Vaccination in Bombay 1889-1901 - 1889-1901
Year: 1889
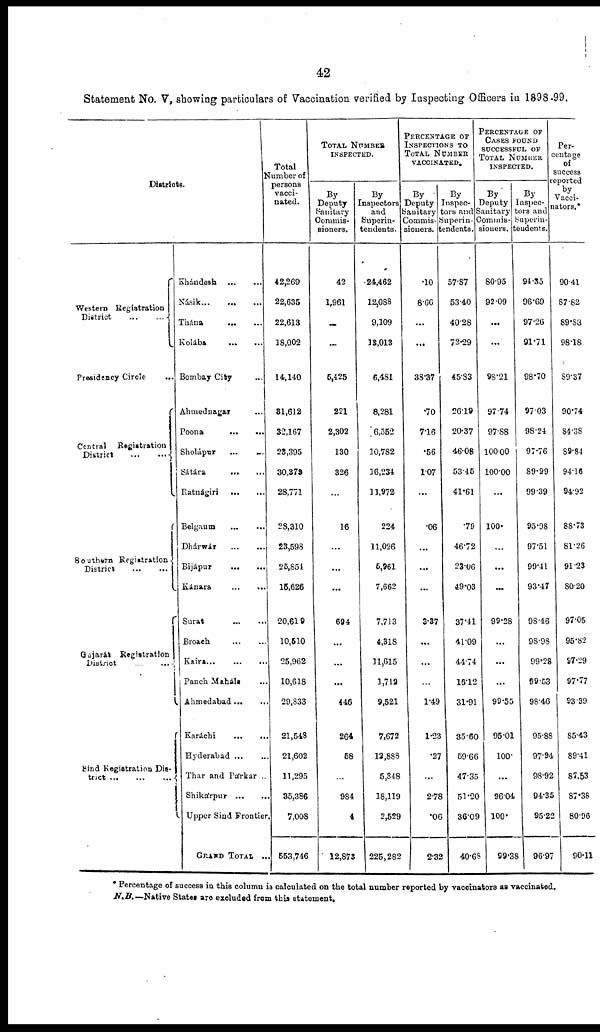
42
Statement No. V, showing particulars of Vaccination verified by Inspecting Officers in 1898-99.
Districts.
Western Registration
District
...
...
Presidency Circle ...
Central Registration
District
...
...
Southern Registration
District
...
...
Gujarát Registration
District
...
...
Sind Registration Dis-
trict
...
...
...
Khándesh
...
...
Násik ... ... ...
Thána
...
...
Kolába
...
...
Bombay City ...
Ahmednagar ...
Poona
...
...
Sholápur
...
...
Sátára
...
...
Ratnágiri
...
...
Belgaum
...
...
Dhárwár
...
...
Bijápur
...
...
Kánara
...
...
Surat ... ...
Broach
...
...
Kaira ... ... ...
Panch Maháls ...
Ahmedabad ... ...
Karáchi
...
...
Hyderabad ... ...
Thar and Párkar ..
Shikárpur ... ...
Upper Sind Frontier.
GRAND TOTAL ...
Total
Number of
persons
vacci-
nated.
42,269
22,635
22,613
18,002
14,140
31,612
32,167
23,395
30,373
28,771
28,310
23,598
25,854
15,626
20,619
10,510
25,962
10,618
29,833
21,548
21,602
11,295
35,386
7,008
553,746
TOTAL NUMBER
INSPECTED.
Deputy
Sanitary
Commis-
sioners.
42
1,961
...
...
5,425
221
2,302
130
326
...
16
...
...
...
694
...
...
...
446
264
58
...
984
4
12,873
By
Inspectors
and
Superin-
tendents.
24,462
12,088
9,109
13,013
6,481
8,281
6,552
10,782
16,234
11,972
224
11,026
5,961
7,662
7,713
4,318
11,615
1,712
9,521
7,672
12,888
5,348
18,119
2,529
225,282
PERCENTAGE OF
INSPECTIONS TO
TOTAL NUMBER
VACCINATED.
By
Deputy
Sanitary
Commis-
sioners.
.10
8.66
...
...
38.37
.70
7.16
.56
1.07
...
.06
...
...
...
3.37
...
...
...
1.49
1.23
.27
...
2.78
.06
2.35
By
Inspec-
tors and
Superin-
tendents.
57.87
53.40
40.28
72.29
45.83
26.19
20.37
46.08
53.45
41.61
.79
46.72
23.06
49.03
37.41
41.09
44.74
16.12
31.91
35.60
59.66
47.35
51.20
36.09
40.68
PERCENTAGE OF
CASES FOUND
SUCCESSFUL OF
TOTAL NUMBER
INSPECTED.
By
Deputy
sanitary
Commis-
sioners.
80.95
92.09
...
...
98.21
97.74
97.88
100.00
100.00
...
100.
...
...
...
99.28
...
...
...
99.55
95.01
100.
...
96.04
100.
99.3
By
Inspec-
tors and
Superin-
tendents.
94.35
96.69
97.26
91.71
98.70
97.03
98.24
97.76
89.99
99.39
95.98
97.51
99.41
93.47
98.46
98.98
99.28
99.53
98.46
95.88
97.94
98.95
94.35
95.22
96.97
Per-
centage
of
success
reported
by
Vacci-
nators.
90.41
87.82
89.88
98.18
89.37
90.74
84.38
89.84
94.16
94.92
88.73
81.26
91.23
80.20
97.05
95.82
97.29
97.77
93.39
85.43
89.41
87.53
87.38
80.96
90.11
* Percentage of success in this column is calculated on the total number reported by vaccinators as vaccinated.
N.B.—Native States are excluded from this statement.